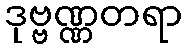
ဒုဗ္ဗဏ္ဏတရာ